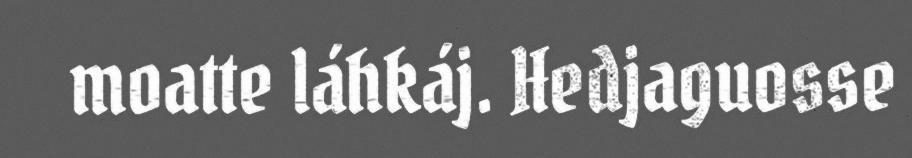
moatte láhkáj. Hedjaguosse